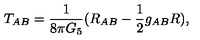
T _ { A B } = \frac { 1 } { 8 \pi G _ { 5 } } ( R _ { A B } - \frac { 1 } { 2 } g _ { A B } R ) ,